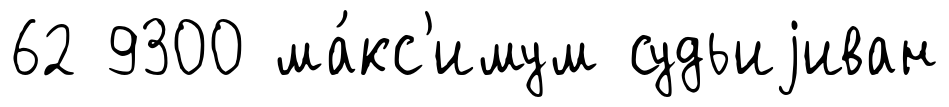
62 9300 ма́кс'имум судьиjиван